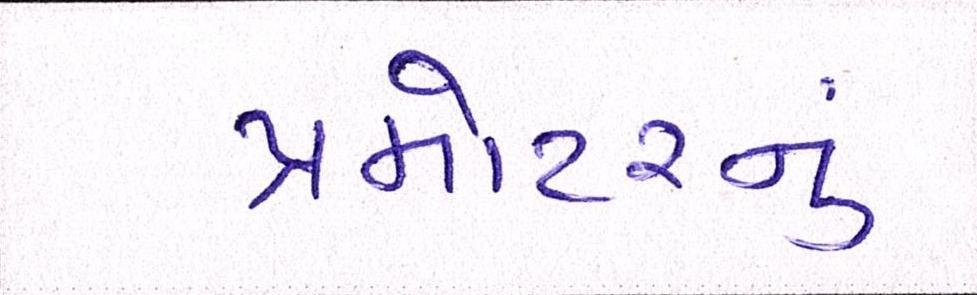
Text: પ્રમોટરનું